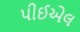
પીઈએલ